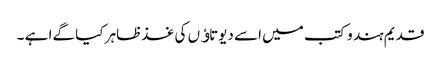
قدیم ہند وکتب میں اسے دیوتاﺅں کی غذظاہر کیا گےا ہے ۔